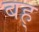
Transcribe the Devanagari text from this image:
बह्